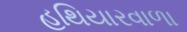
હથિયારવાળા